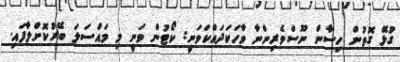
ގުޅޭ ގޮތުން ހިސާން ނޫސްވެރިންނާ ވާހަކަދައްކަވަނީ: ކޯޓުން ވަނީ މި މައްސަލަ ބޭރުކޮށްލާފައި.